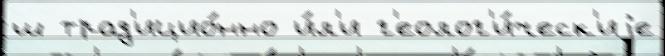
ш трад'ицио́нно и́л'и г'еолог'и́ческ'иjе